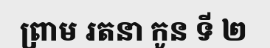
ព្រាម រតនា កូន ទី ២